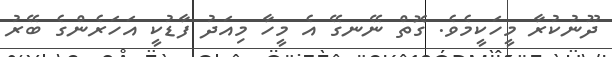
ދޫނުކުރާ މީހަކީމެވެ. ގޮތް ނޭނގޭ އެ މީހާ މިއަދު ފާޑުކީ އަހަރެންގެ ބޭރު